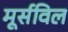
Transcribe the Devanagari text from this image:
मूर्सविल